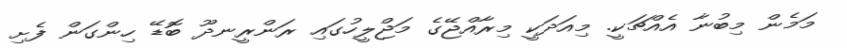
މަމެން މިބުނާ އެއްޗަކީ. މިއަދަކީ މިރާއްޖޭގެ މަޖްލީހުގައި ރަންރީނދޫ ބޮޑޭ ހިންގަން ފެށި